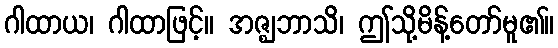
ဂါထာယ၊ ဂါထာဖြင့်။ အဇ္ဈဘာသိ၊ ဤသို့မိန့်တော်မူ၏။